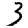
Digit: 3